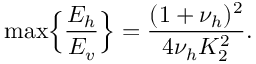
\operatorname* { m a x } \Bigl \{ \frac { E _ { h } } { E _ { v } } \Bigr \} = \frac { ( 1 + \nu _ { h } ) ^ { 2 } } { 4 \nu _ { h } K _ { 2 } ^ { 2 } } .